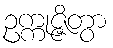
ဥက္ကုဇ္ဇိတွာ